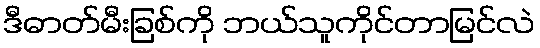
ဒီဓာတ်မီးခြစ်ကို ဘယ်သူကိုင်တာမြင်လဲ